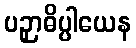
ပဉှာဓိပ္ပါယေန